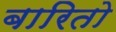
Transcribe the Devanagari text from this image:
बारितो